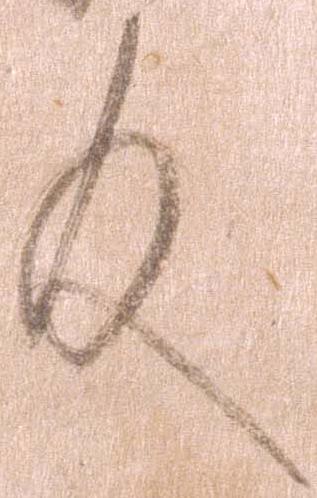
及